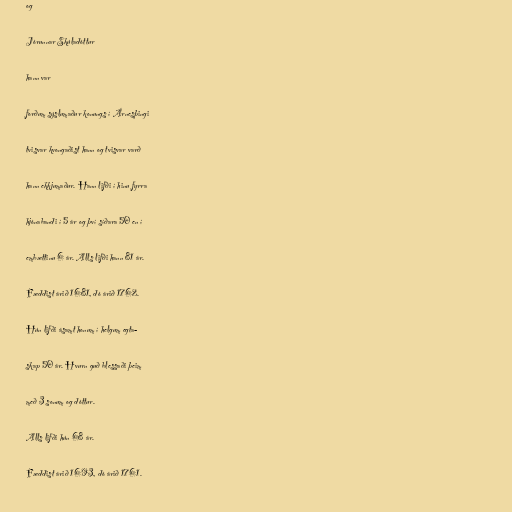
og

Jórunnar Skúladóttur

hann var

forðum sýslumaður konungs í Árnesþingi

tvisvar kvongaðist hann og tvisvar varð

hann ekkjumaður. Hann lifði í hinu fyrra

hjónabandi í 5 ár og því síðara 50 en í

embættinu 6 ár. Alls lifði hann 81 ár.

Fæddist árið 1681, dó árið 1762.

Hún lifði ásamt honum í helgum egta-

skap 50 ár. Hvurn guð blessaði þeim

með 3 sonum og dóttur.

Alls lifði hún 68 ár.

Fæddist árið 1693, dó árið 1761.